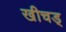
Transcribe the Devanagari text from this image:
खीचड्